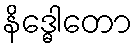
နိဒ္ဓေါတော